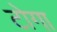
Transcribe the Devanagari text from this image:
टोगा